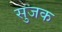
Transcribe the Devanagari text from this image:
सुजक